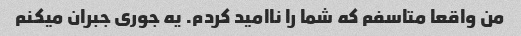
من واقعا متاسفم که شما را ناامید کردم. یه جوری جبران میکنم